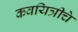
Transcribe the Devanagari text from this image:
कवयित्रीचे